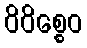
ဝိဝိစ္စေဝ